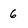
Character: 6